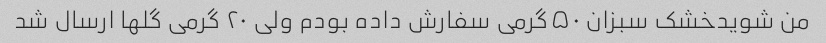
من شویدخشک سبزان ۵۰گرمی سفارش داده بودم ولی ۲۰ گرمی گلها ارسال شد